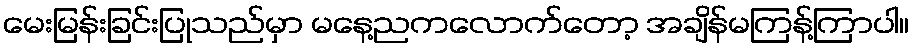
မေးမြန်းခြင်းပြုသည်မှာ မနေ့ညကလောက်တော့ အချိန်မကြန့်ကြာပါ။